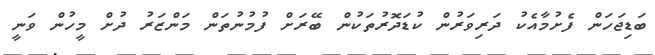
ބަޑިޖަހަން ފެށުމާއެކު ދަރިވަރުން ކުޑަދޮރުތަކުން ބޭރަށް ފުމުނުތަން މަންޒަރު ދުށް މީހުން ވަނީ